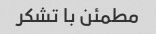
مطمئن با تشکر